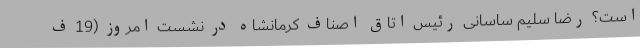
است؟ رضا سلیم ساسانی رئیس اتاق اصناف کرمانشاه در نشست امروز (19 ف